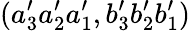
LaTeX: (a_{3}^{\prime}a_{2}^{\prime}a_{1}^{\prime},b_{3}^{\prime}b_{2}^{\prime}b_{1}^{\prime})